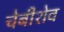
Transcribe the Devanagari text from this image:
चेबीशेव